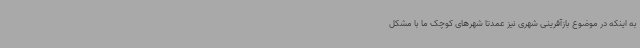
به اینکه در موضوع بازآفرینی شهری نیز عمدتا شهرهای کوچک ما با مشکل